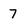
Character: 7